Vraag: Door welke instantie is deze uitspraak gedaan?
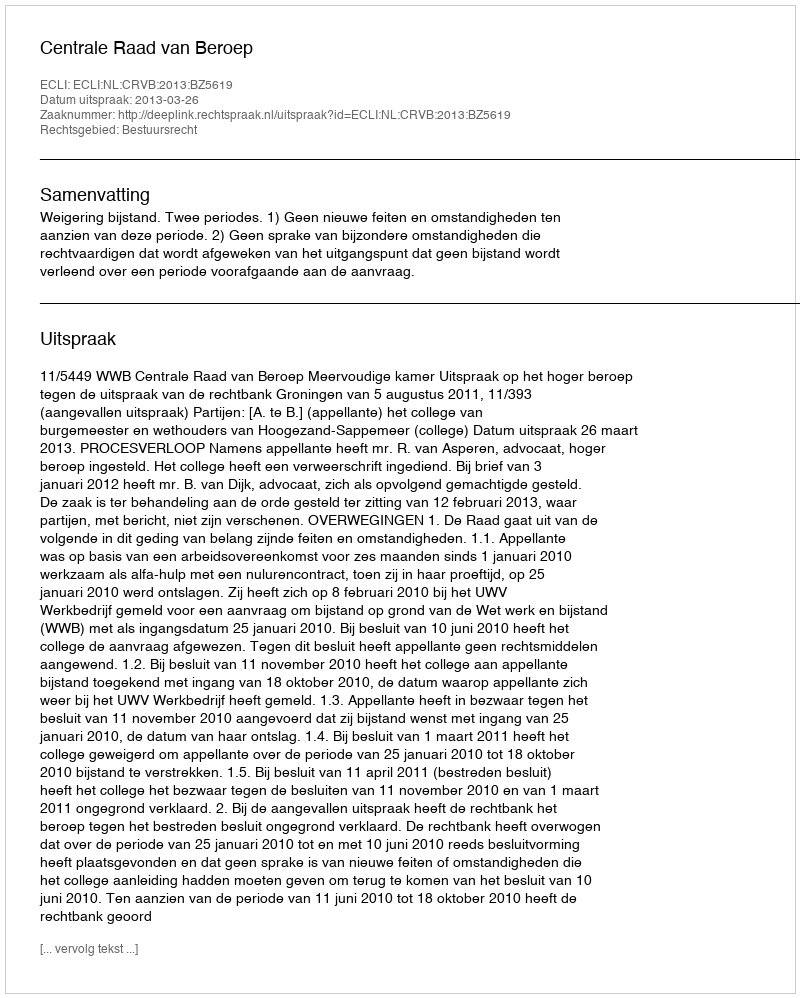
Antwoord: Centrale Raad van Beroep